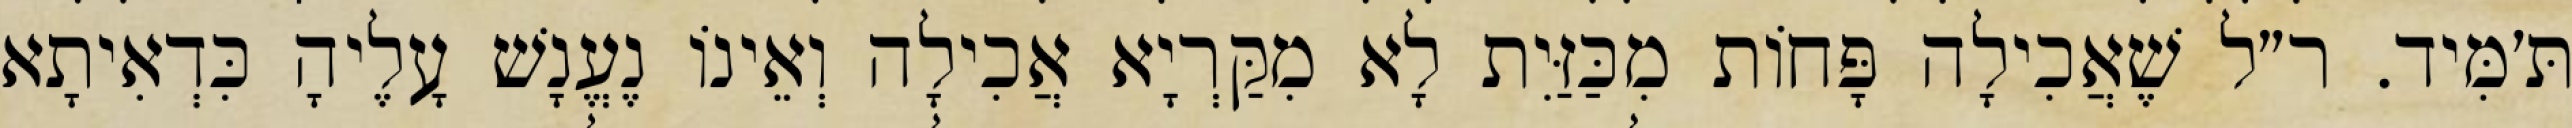
תּ׳מִּיד. ר״ל שֶׁאֲכִילָה פָּחוֹת מִכַּזַּיִת לָא מִקַּרְיָא אֲכִילָה וְאֵינוֹ נֶעֱנָשׁ עָלֶיהָ כִּדְאִיתָא